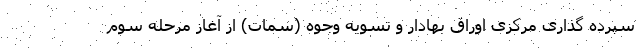
سپرده گذاری مرکزی اوراق بهادار و تسویه وجوه (سمات) از آغاز مرحله سوم